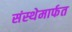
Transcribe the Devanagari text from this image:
संस्‍थेमार्फत